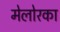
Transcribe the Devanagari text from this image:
मेलोरका